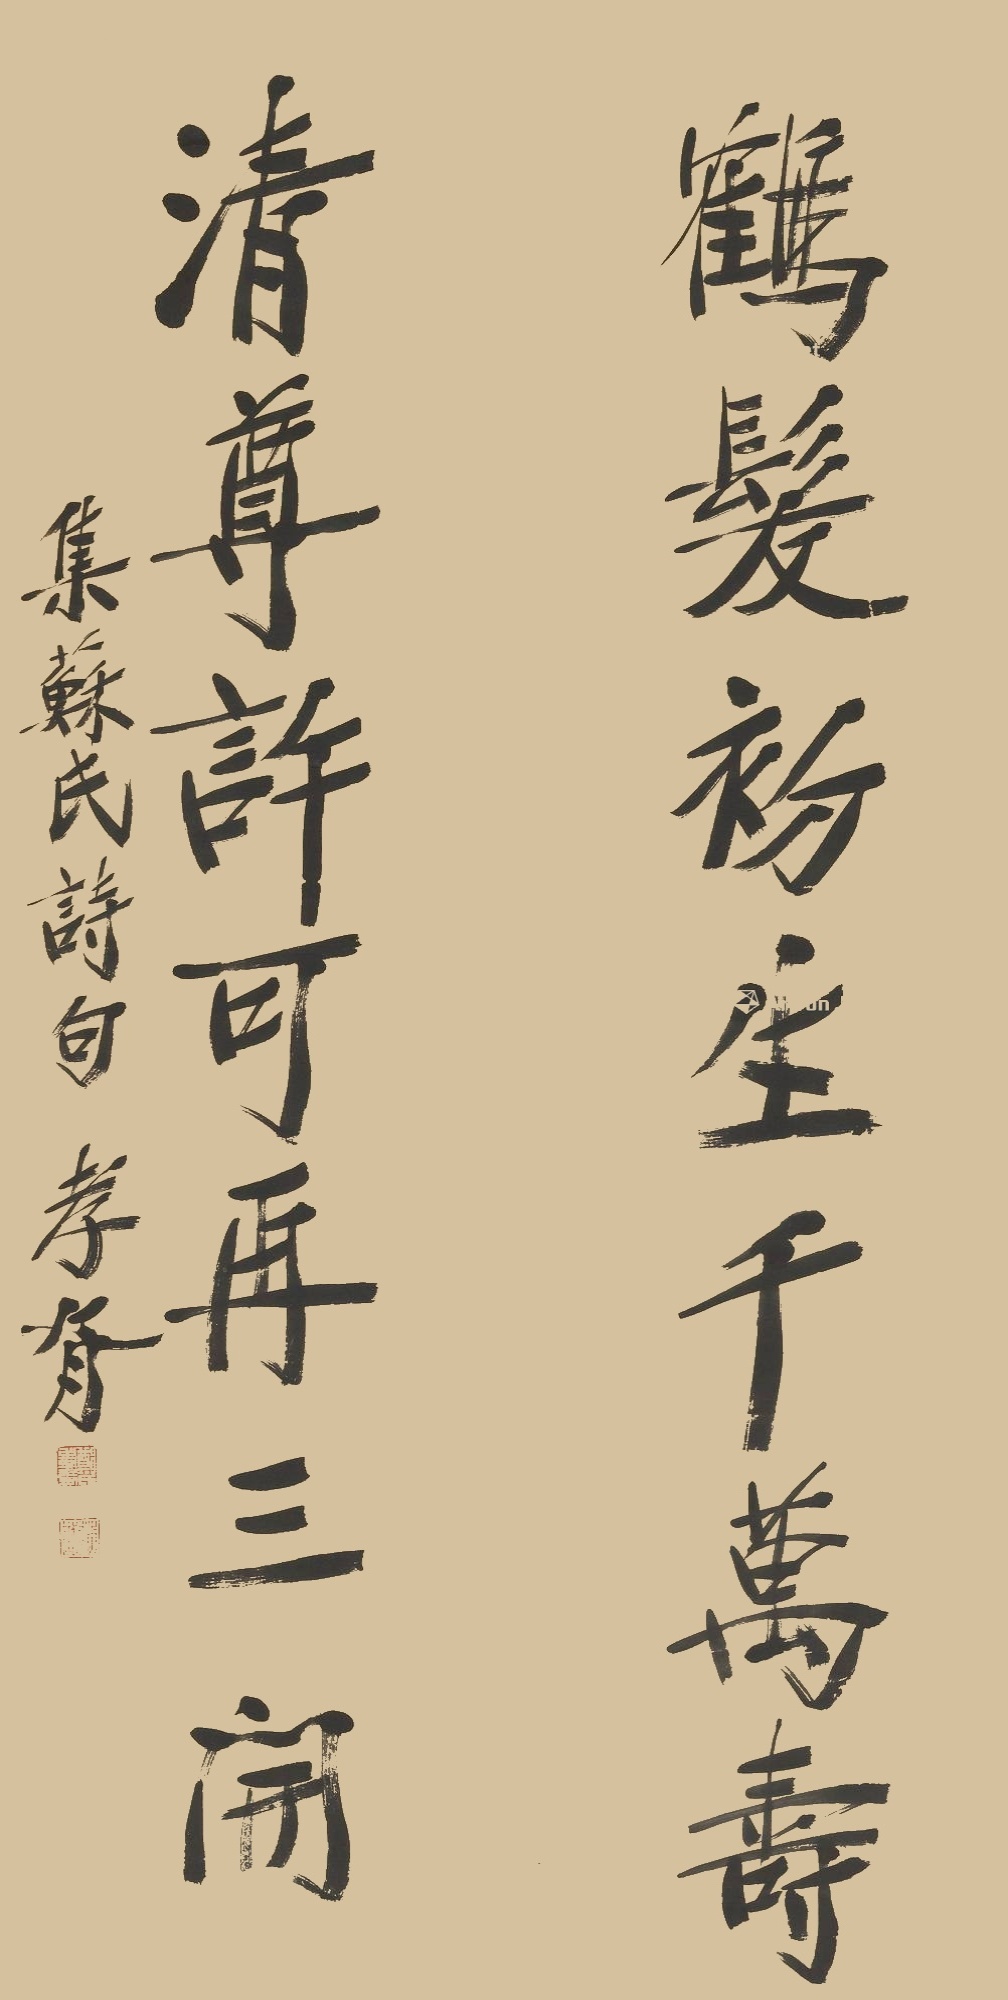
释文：鹤发初生千万寿，清尊许可再三开。集苏氏诗句，孝胥。